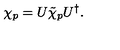
\chi _ { p } = U \tilde { \chi } _ { p } U ^ { \dagger } .